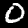
Digit: 0